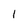
Character: 1